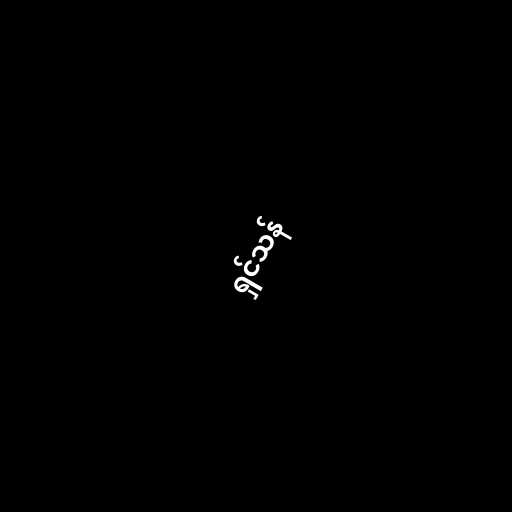
ရှင်သန်